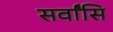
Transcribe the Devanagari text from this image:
सर्वांसि